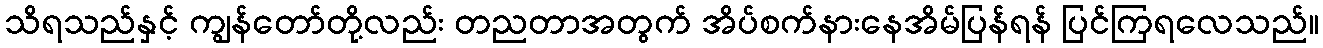
သိရသည်နှင့် ကျွန်တော်တို့လည်း တညတာအတွက် အိပ်စက်နားနေအိမ်ပြန်ရန် ပြင်ကြရလေသည်။